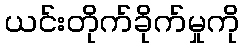
ယင်းတိုက်ခိုက်မှုကို